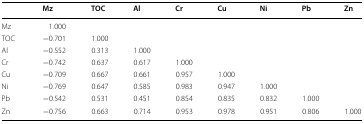
|  | Mz | TOC | Al | Cr | Cu | Ni | Pb | Zn |
 | --- | --- | --- | --- | --- | --- | --- | --- | --- |
 | Mz | 1.000 |  |  |  |  |  |  |  |
 | TOC | −0.701 | 1.000 |  |  |  |  |  |  |
 | Al | −0.552 | 0.313 | 1.000 |  |  |  |  |  |
 | Cr | −0.742 | 0.637 | 0.617 | 1.000 |  |  |  |  |
 | Cu | −0.709 | 0.667 | 0.661 | 0.957 | 1.000 |  |  |  |
 | Ni | −0.769 | 0.647 | 0.585 | 0.983 | 0.947 | 1.000 |  |  |
 | Pb | −0.542 | 0.531 | 0.451 | 0.854 | 0.835 | 0.832 | 1.000 |  |
 | Zn | −0.756 | 0.663 | 0.714 | 0.953 | 0.978 | 0.951 | 0.806 | 1.000 |